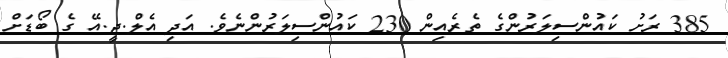
385 ރަށު ކައުންސިލަރުންގެ ތެރެއިން 230 ކައުންސިލަރުންނެވެ. އަދި އެލް.ޖީ.އޭ ގެ ބޯޑަށް